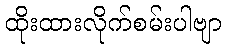
ထိုးထားလိုက်စမ်းပါဗျာ